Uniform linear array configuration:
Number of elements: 64
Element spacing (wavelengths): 0.75
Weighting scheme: blackman
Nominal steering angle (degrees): -45
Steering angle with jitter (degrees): -43.511
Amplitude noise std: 0.05
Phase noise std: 0.05

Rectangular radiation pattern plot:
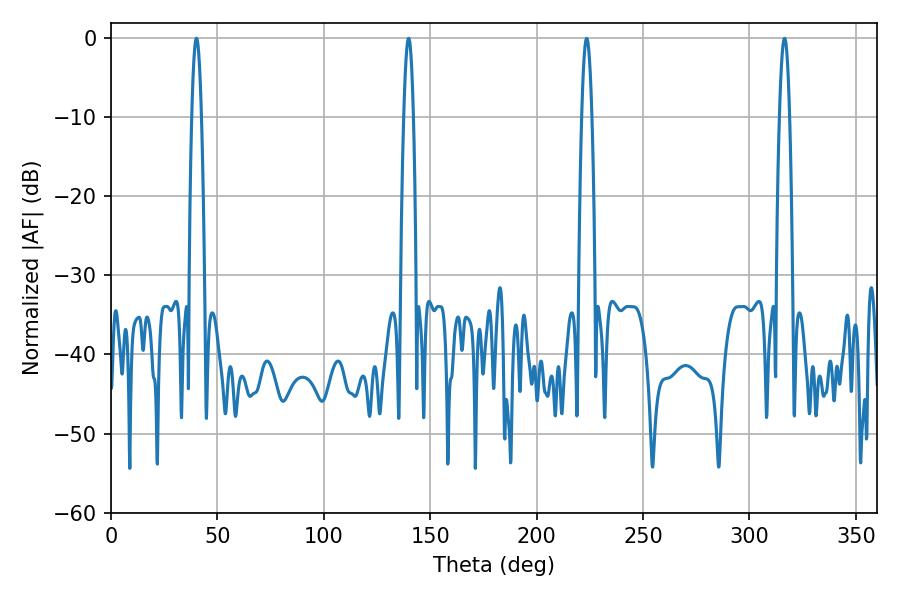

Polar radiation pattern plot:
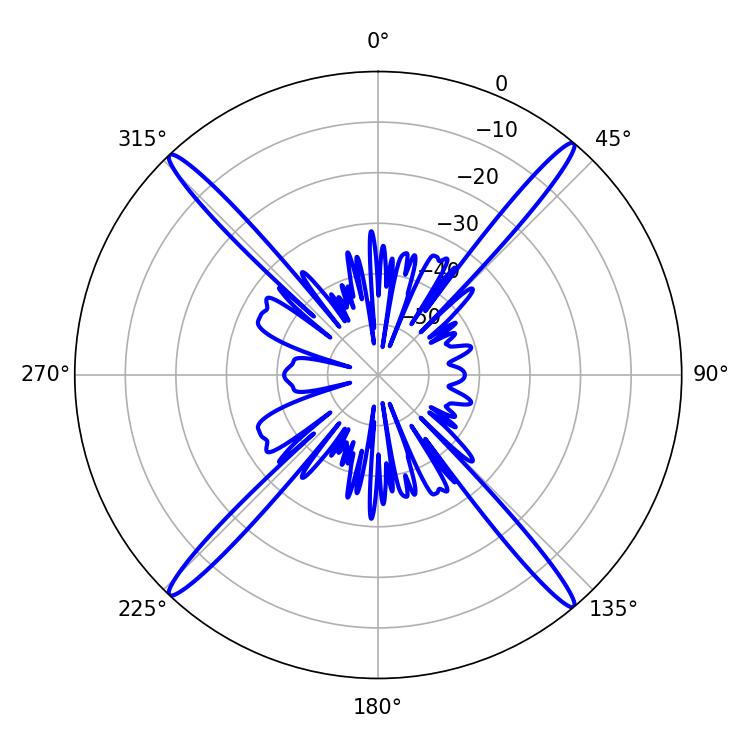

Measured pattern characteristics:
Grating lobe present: TRUE
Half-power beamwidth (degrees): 2.52
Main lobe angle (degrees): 40.14